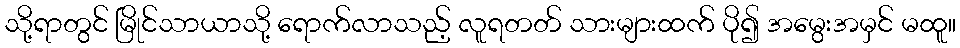
သို့ရာတွင် မြိုင်သာယာသို့ ရောက်လာသည့် လူရတတ် သားများထက် ပို၍ အမွေးအမှင် မထူ။